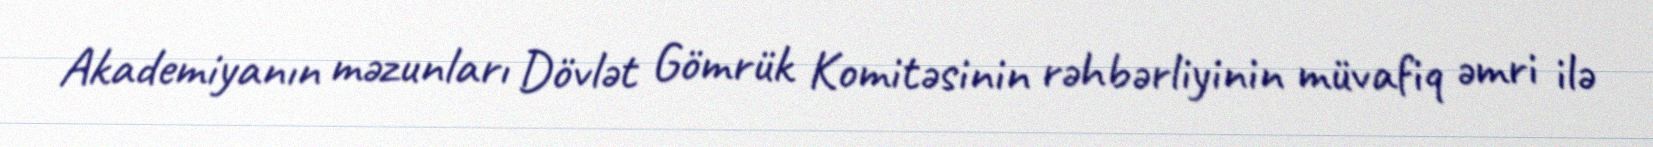
Akademiyanın məzunları Dövlət Gömrük Komitəsinin rəhbərliyinin müvafiq əmri ilə